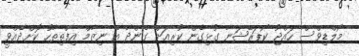
މޯލްޑިވްސް ހައްޖު ކޯޕަރޭޝަނާ ގުޅިގެން ކުރިއަށް ގެންދާ އެ ނިޒާމް އިފްތިތާހު ކޮށްދެއްވީ